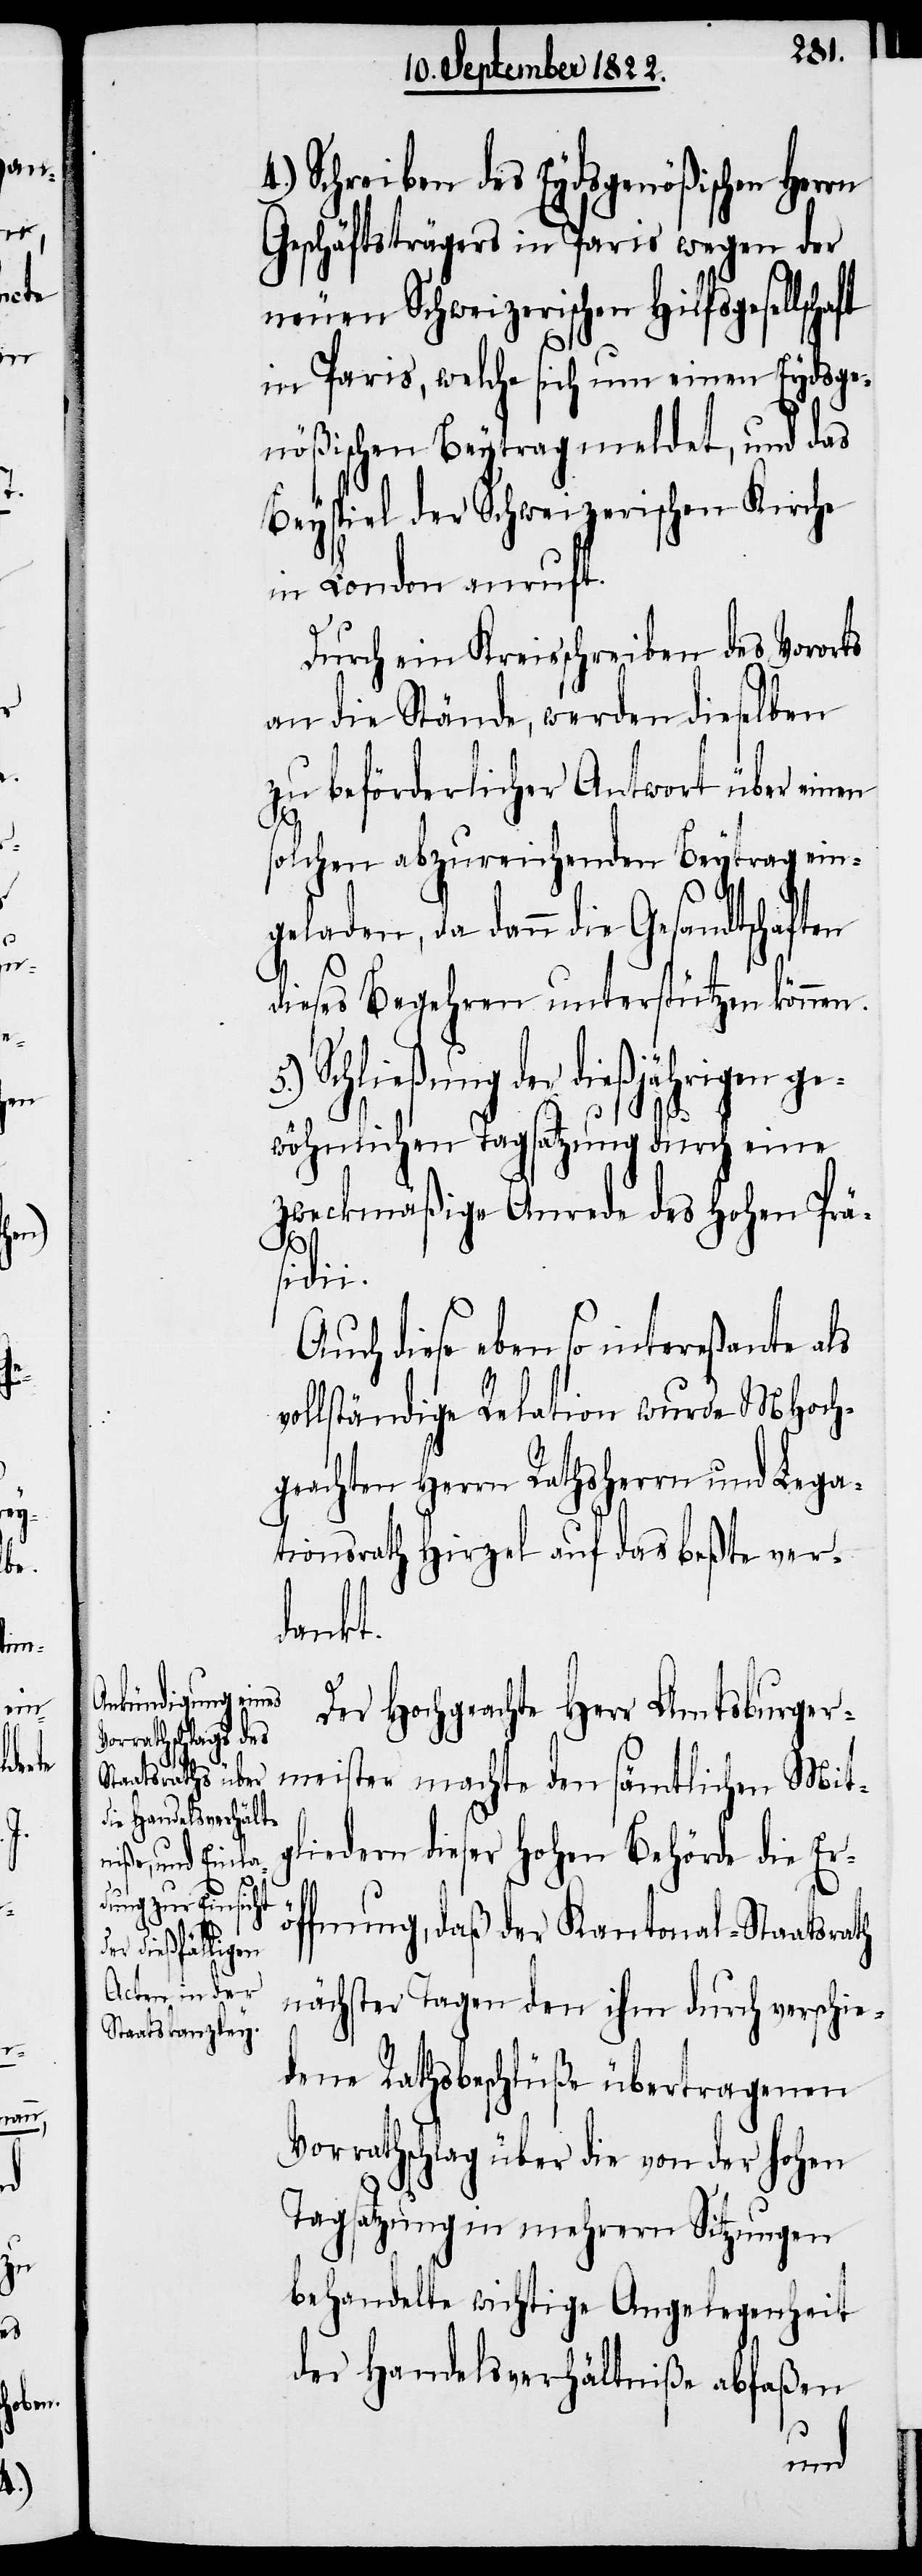
ge¬

Schreiben des Eydsgenößischen Her¬
Geschäftsträgers in Paris wegen der
neuen Schweizerischen Hilfsgesellsch¬
in Paris, welche sich um einen Eydsge¬
nößischen Beytrag meldet, und das
Beyspiel der Schweizerischen Kirche
in London anruft.
Durch ein Kreisschreiben des Vororts
an die Stände, werden dieselben
zu beförderlicher Antwort über ein¬
en
solchen abzureichenden Beytrag ein¬
geladen, da dann die Gesandtschaften
dieses Begehren unterstützen können.
Schließung der dießjährigen
wöhnlichen Tagsatzung durch eine
zweckmäßige Anrede des Hohen Prä¬
5.)
sidio.
Auch diese eben so intereßante als
vollständige Relation wurde MHoch¬
geachten Herrn Rathsherrn und Lega¬
tionsrath Hirzel auf das beßte ver¬
dankt.
Der Hochgeachte Herr Amtsburger¬
meister machte den sämtlichen Mit¬
gliedern dieser Hohen Behörde die Erö¬
ffnung, daß der Kantonal-Staatsrath
nächster Tagen den ihm durch verschie¬
dene Rathsbeschlüße übertragenen
Vorrathschlag über die von der hohen
Tagsatzung in mehrern Sitzungen
behandelte wichtige Angelegenheit
der Handelsverhältniße abfaßen